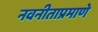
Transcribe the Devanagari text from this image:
नवनीताप्रमाणे